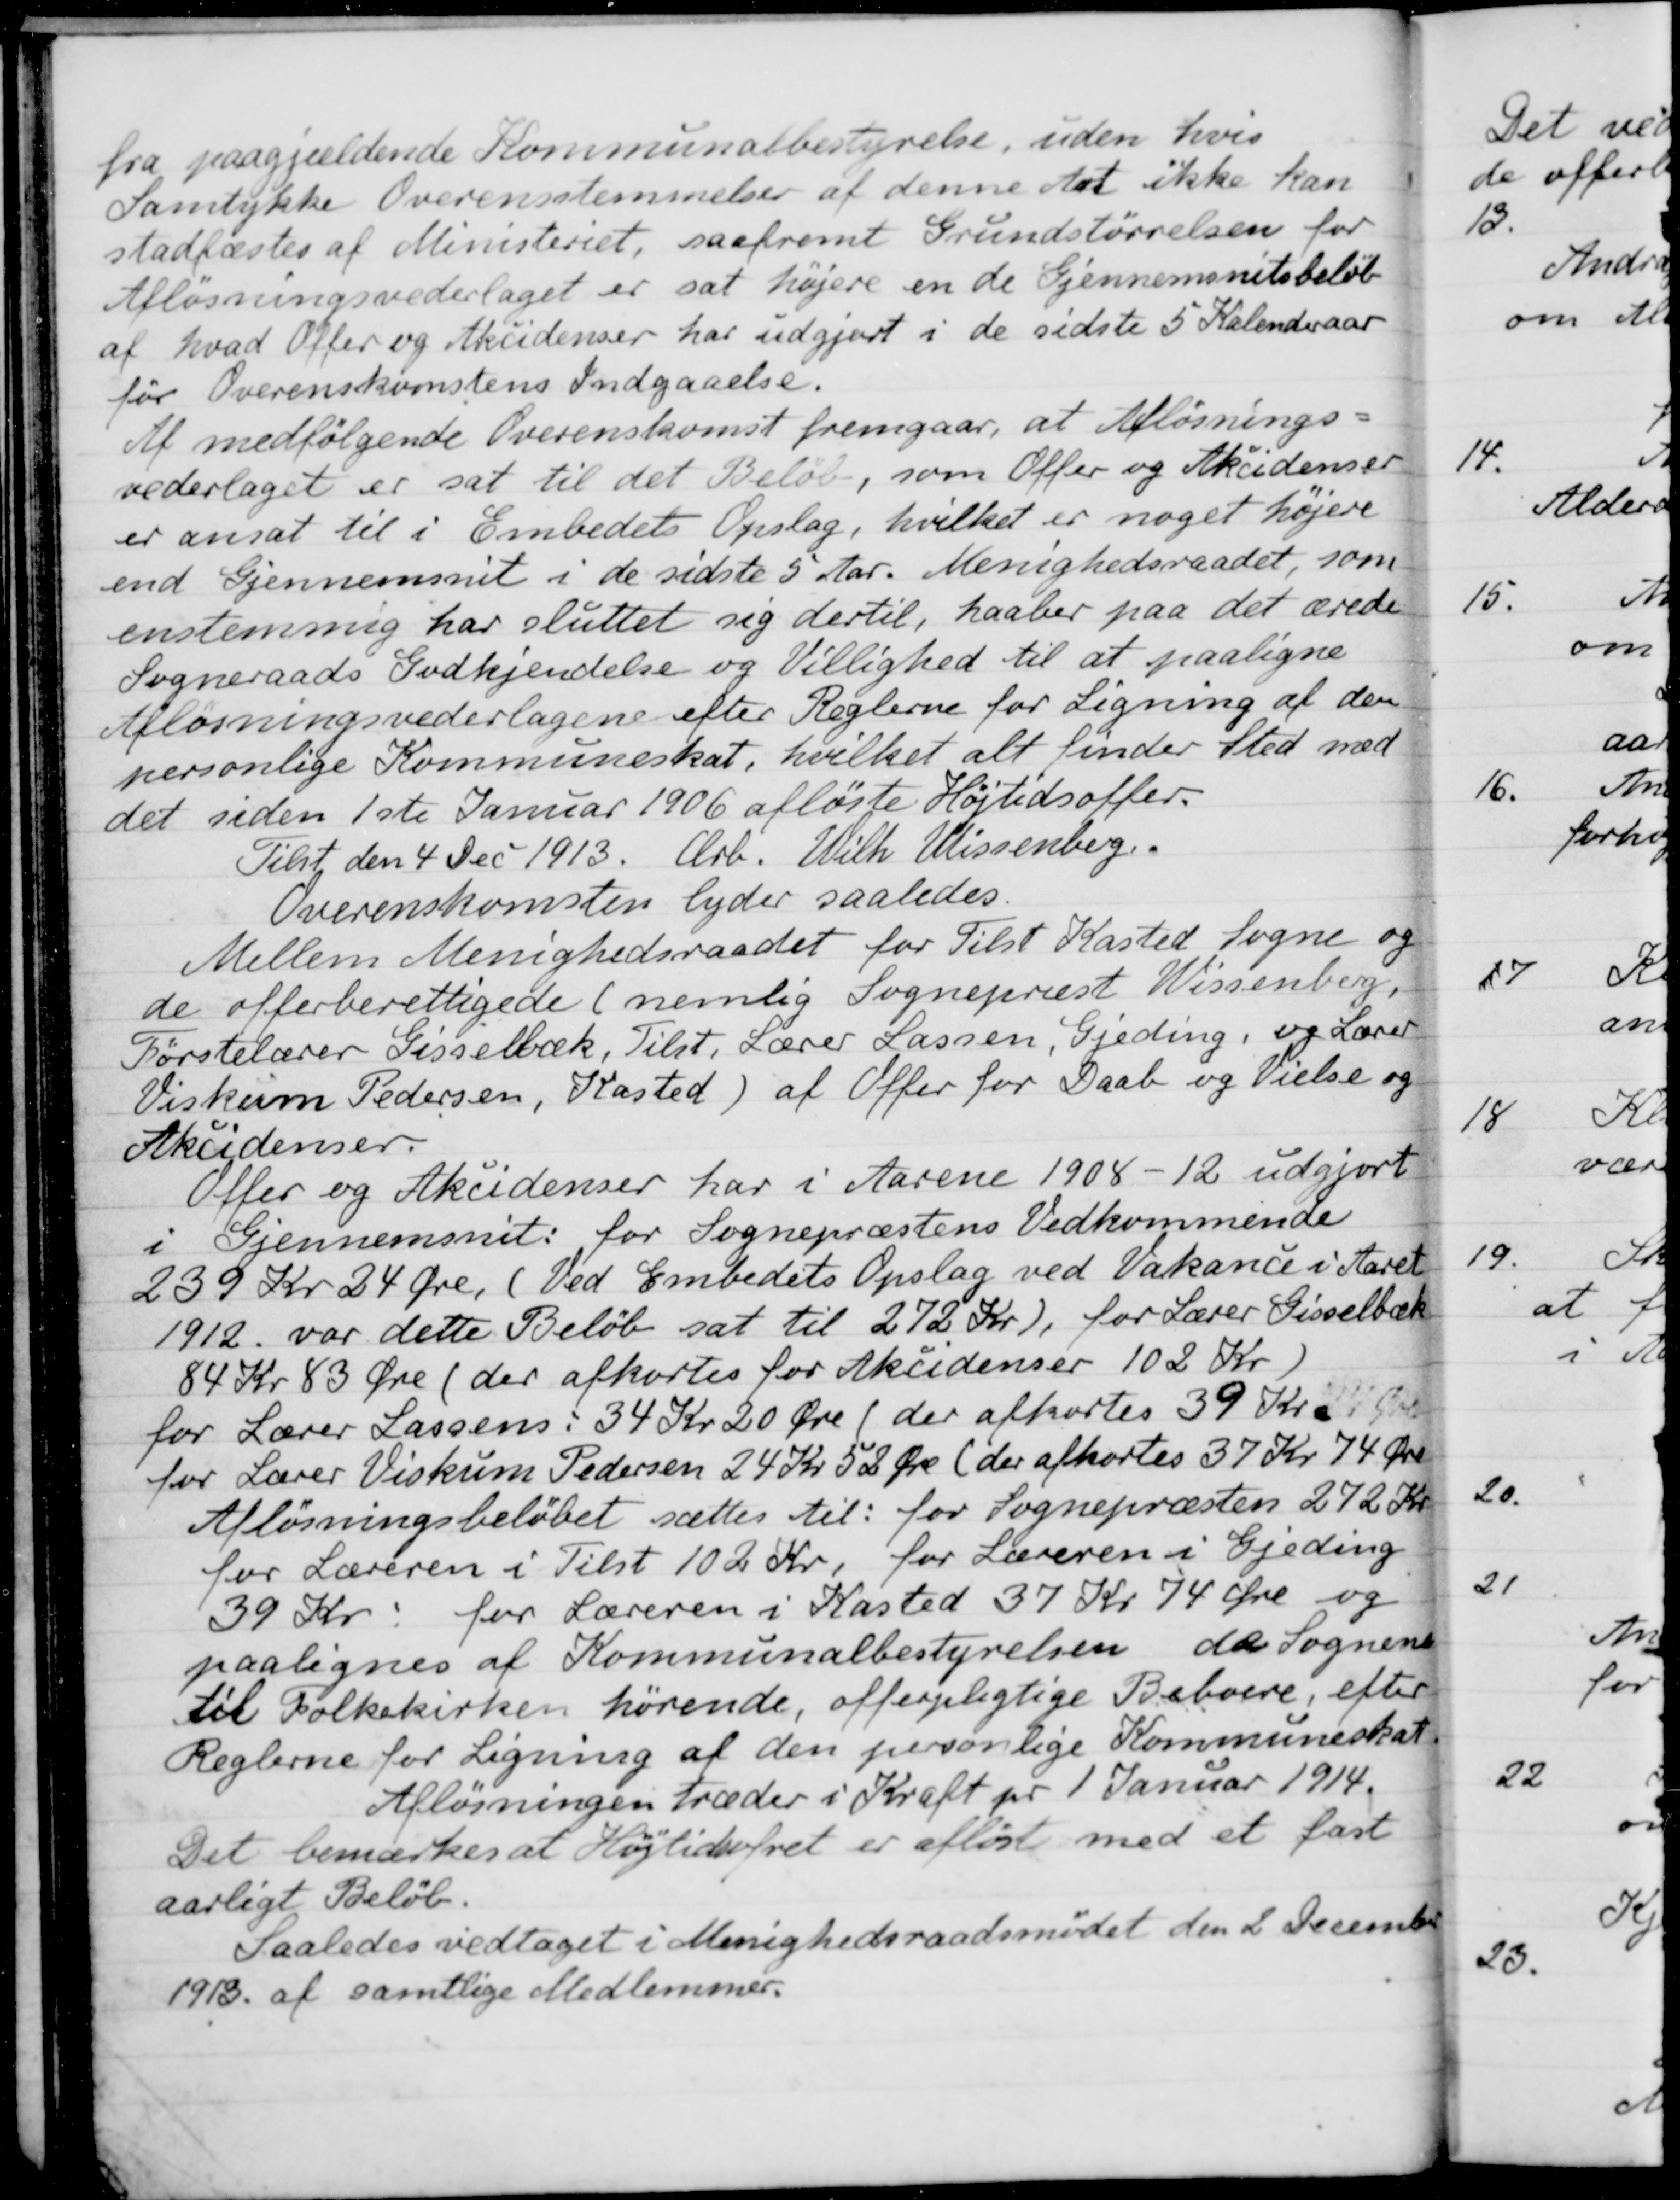
Transskription:
fra paagjældende Kommunalbestyrelse, uden hvis
Samtykke Overensstemmelser af denne Art ikke kan
stadfæstes af Ministeriet, saafremt Grundstørrelsen for
Afløsningsvederlaget er sat højere en de Gjennemsnitsbeløb
af hvad Offer og Aksidenser har udgjort i de sidste 5 Kalenderaar
før Overenskomstens Indgaaelse.
Af medfølgende Overenskomst fremgaar, at Afløsnings-
vederlaget er sat til det Beløb, som Offer og Akcidenser
er ansat til i Embedets Opslag, hvilket er noget højere
end Ejennemsnit i de sidste 5 Aar. Menighedsraadet, som
enstemmig har sluttet sig dertil, haaber paa det ærede
Sogneraads Godkjendelse og Villighed til at paaligne
Afløsningsvederlagene efter Reglerne for Ligning af den
personlige Kommuneskat, hvilket alt finder Sted med
det siden 1ste Januar 1906 afløste Højtidsoffer.
Tilst den 4 Dec 1913. Ærb. Wilh. Wissenberg.
Overenskomsten lyder saaledes.
Mellem Menighedsraadet for Tilst Kasted Sogne og
de offerberettigede (nemlig Sognepræst Wissenberg,
Førstelærer Gisselbæk, Tilst, Lærer Lassen, Gjeding, og Lærer
Viskum Pedersen, Kasted) af Offer for Daab og Vielse og
Aksidenser.
Offer og Akcidenser har i Aarene 1908-12 udgjort
i Gjennemsnit: for Sognepræstens Vedkommende
239 kr 24 Øre (Ved Embedets Opslag ved Vakance i Aaret
1912 var dette Beløb sat til 272 Kr), for Lærer Gisselbæk
84 Kr 83 Øre (der afkortes for Akcidenser 102 Kr)
for Lærer Lassens: 34 Kr 20 Øre (der afkortes 39 Kr.
for Lærer Viskum Pedersen 24 Kr 52 Øre (der afkortes 37 Kr 74 Øre
Afløsningsbeløbet sættes til: for Sognepræsten 272 Kr.
for Læreren i Tilst 102 Kr. for Læreren i Gjeding
39 Kr for Læreren i Kasted 37 Kr 74 Øre og
paalignes af Kommunalbestyrelsen de Sognene
til Folkekirken hørende, offerpligtige Beboere, efter
Reglerne for Ligning af den personlige Kommuneskat
Afløsningen træder i Kraft pr 1 Januar 1914.
Det bemærkes at Højtidsofret er afløst med et fast
aarligt Beløb.
saaledes vedtaget i Menighedsraadsmødet den 2 December
1913 af samtlige Medlemmer.